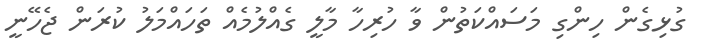
ގުޅިގެން ހިންގި މަސައްކަތުން ވާ ހުރިހާ މާލީ ގެއްލުމެއް ތަހައްމަލު ކުރަން ޖެހޭނީ